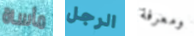
مأساة الرجل ومعرفة